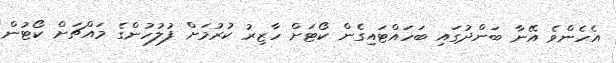
އެހެންވެ އޭނާ ބަންދުގައި ބަހައްޓައިގެން ކޯޓަށް ހާޒިރު ކުރުމަށް ފުލުހުންގެ މައްޗަށް ކޯޓުން